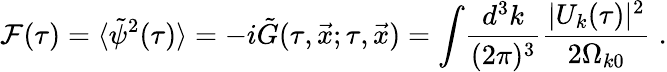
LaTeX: {\cal F}(\tau)=\langle\tilde{\psi}^{2}(\tau)\rangle=-i\tilde{G}(\tau,\vec{x};\tau,\vec{x})=\int\! \frac{d^{3}k}{(2\pi)^{3}}\frac{|U_{k}(\tau)|^{2}}{2\Omega_{k0}}\; .